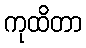
ကုထိတာ